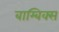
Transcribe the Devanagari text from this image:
बाम्बिक्स